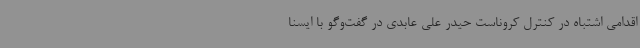
اقدامی اشتباه در کنترل کروناست حیدر علی عابدی در گفت‌وگو با ایسنا